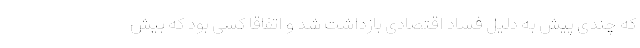
که چندی پیش به دلیل فساد اقتصادی بازداشت شد و اتفاقا کسی بود که بیش